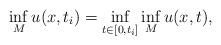
LaTeX: \begin{align*}\inf_M u(x,t_i) = \inf_{t\in[0,t_i]}\inf_M u(x,t) ,\end{align*}